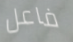
فاعل